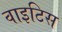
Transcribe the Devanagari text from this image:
वाइटिस